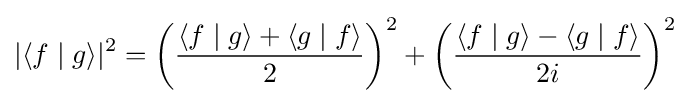
|\langle f\mid g\rangle |^{2}={\bigg (}{\frac {\langle f\mid g\rangle +\langle g\mid f\rangle }{2}}{\bigg )}^{2}+{\bigg (}{\frac {\langle f\mid g\rangle -\langle g\mid f\rangle }{2i}}{\bigg )}^{2}